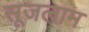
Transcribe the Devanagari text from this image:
सूजलाम